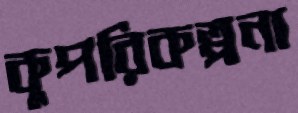
কুপরিকল্পনা